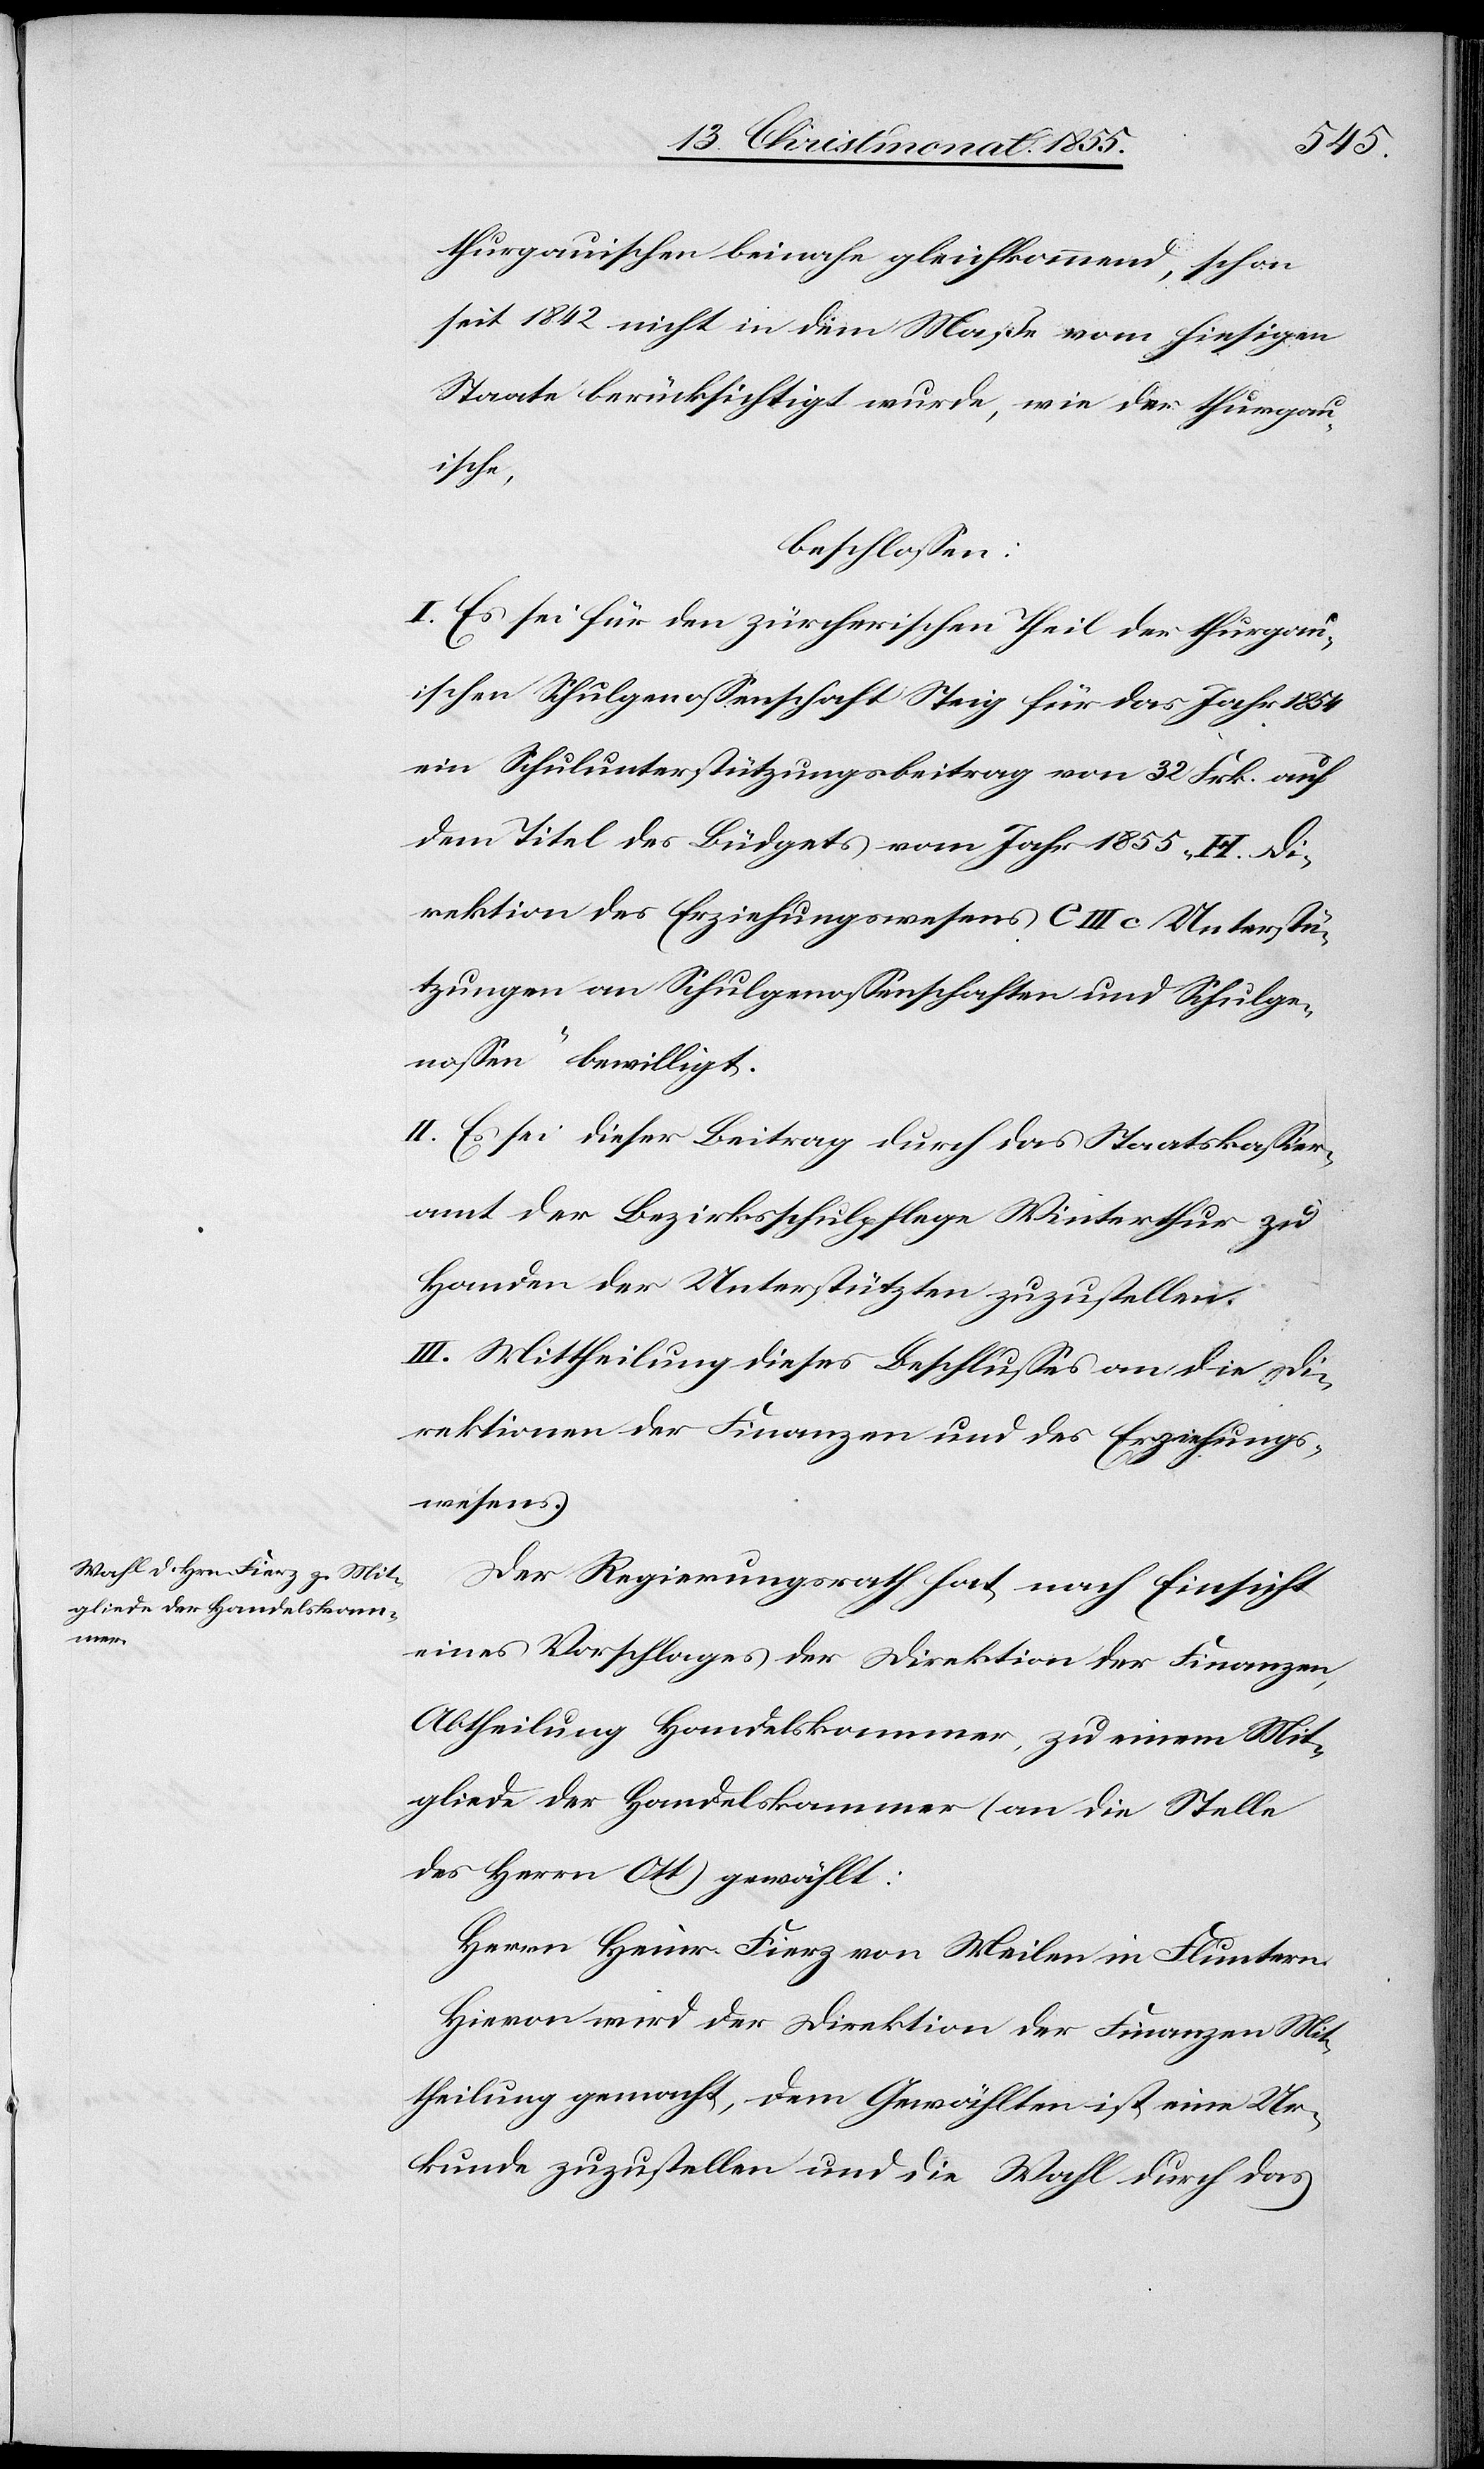
thurgauischen beinahe gleichkommend, schon
seit 1842 nicht in dem Maße vom hiesigen
Staate berücksichtigt wurde, wie der thurgau¬
ische,
beschlossen:
I. Es sei für den zürcherischen Theil der thurgau¬
ischen Schulgenossenschaft Steig für das Jahr 1854
ein Schulunterstützungsbeitrag von 32 Frk. auf
dem Titel des Büdgets vom Jahr 1855 „H. Di¬
rektion des Erziehungswesens C III c Unterstü¬
tzungen an Schulgenossenschaften und Schulge¬
nossen“ bewilligt.
II. Es sei dieser Beitrag durch das Staatskassier¬
amt der Bezirksschulpflege Winterthur zu
Handen der Unterstützten zuzustellen.
III. Mittheilung dieses Beschlusses an die Di¬
rektionen der Finanzen und des Erziehungs¬
wesens.
Der Regierungsrath hat nach Einsicht
eines Vorschlages der Direktion der Finanzen,
Abtheilung Handelskammer, zu einem Mit¬
gliede der Handelskammer (an die Stelle
des Herrn Ott) gewählt:
Herrn Heinr. Fierz von Meilen in Fluntern.
Hievon wird der Direktion der Finanzen Mit¬
theilung gemacht, dem Gewählten ist eine Ur¬
kunde zuzustellen und die Wahl durch das